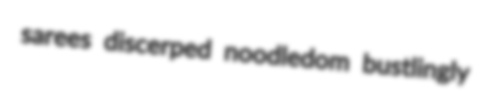
sarees discerped noodledom bustlingly